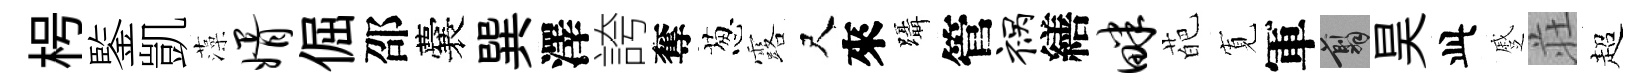
枵鍳凱藻婿倔邵囊巽澤誇奪葱露尺來躡管祸繕畔葩𡩖軍翦昊此蹙荘超